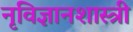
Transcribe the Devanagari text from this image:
नृविज्ञानशास्त्री